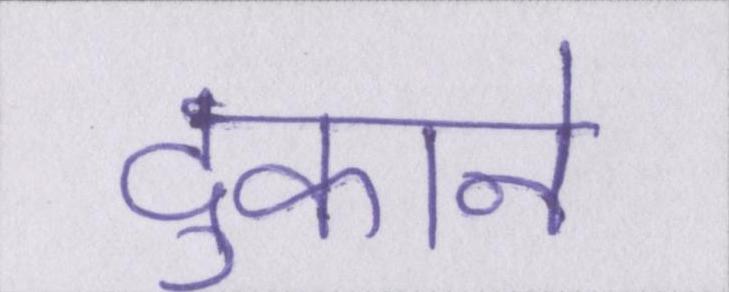
दुकाने